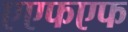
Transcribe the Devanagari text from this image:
एएफएफ